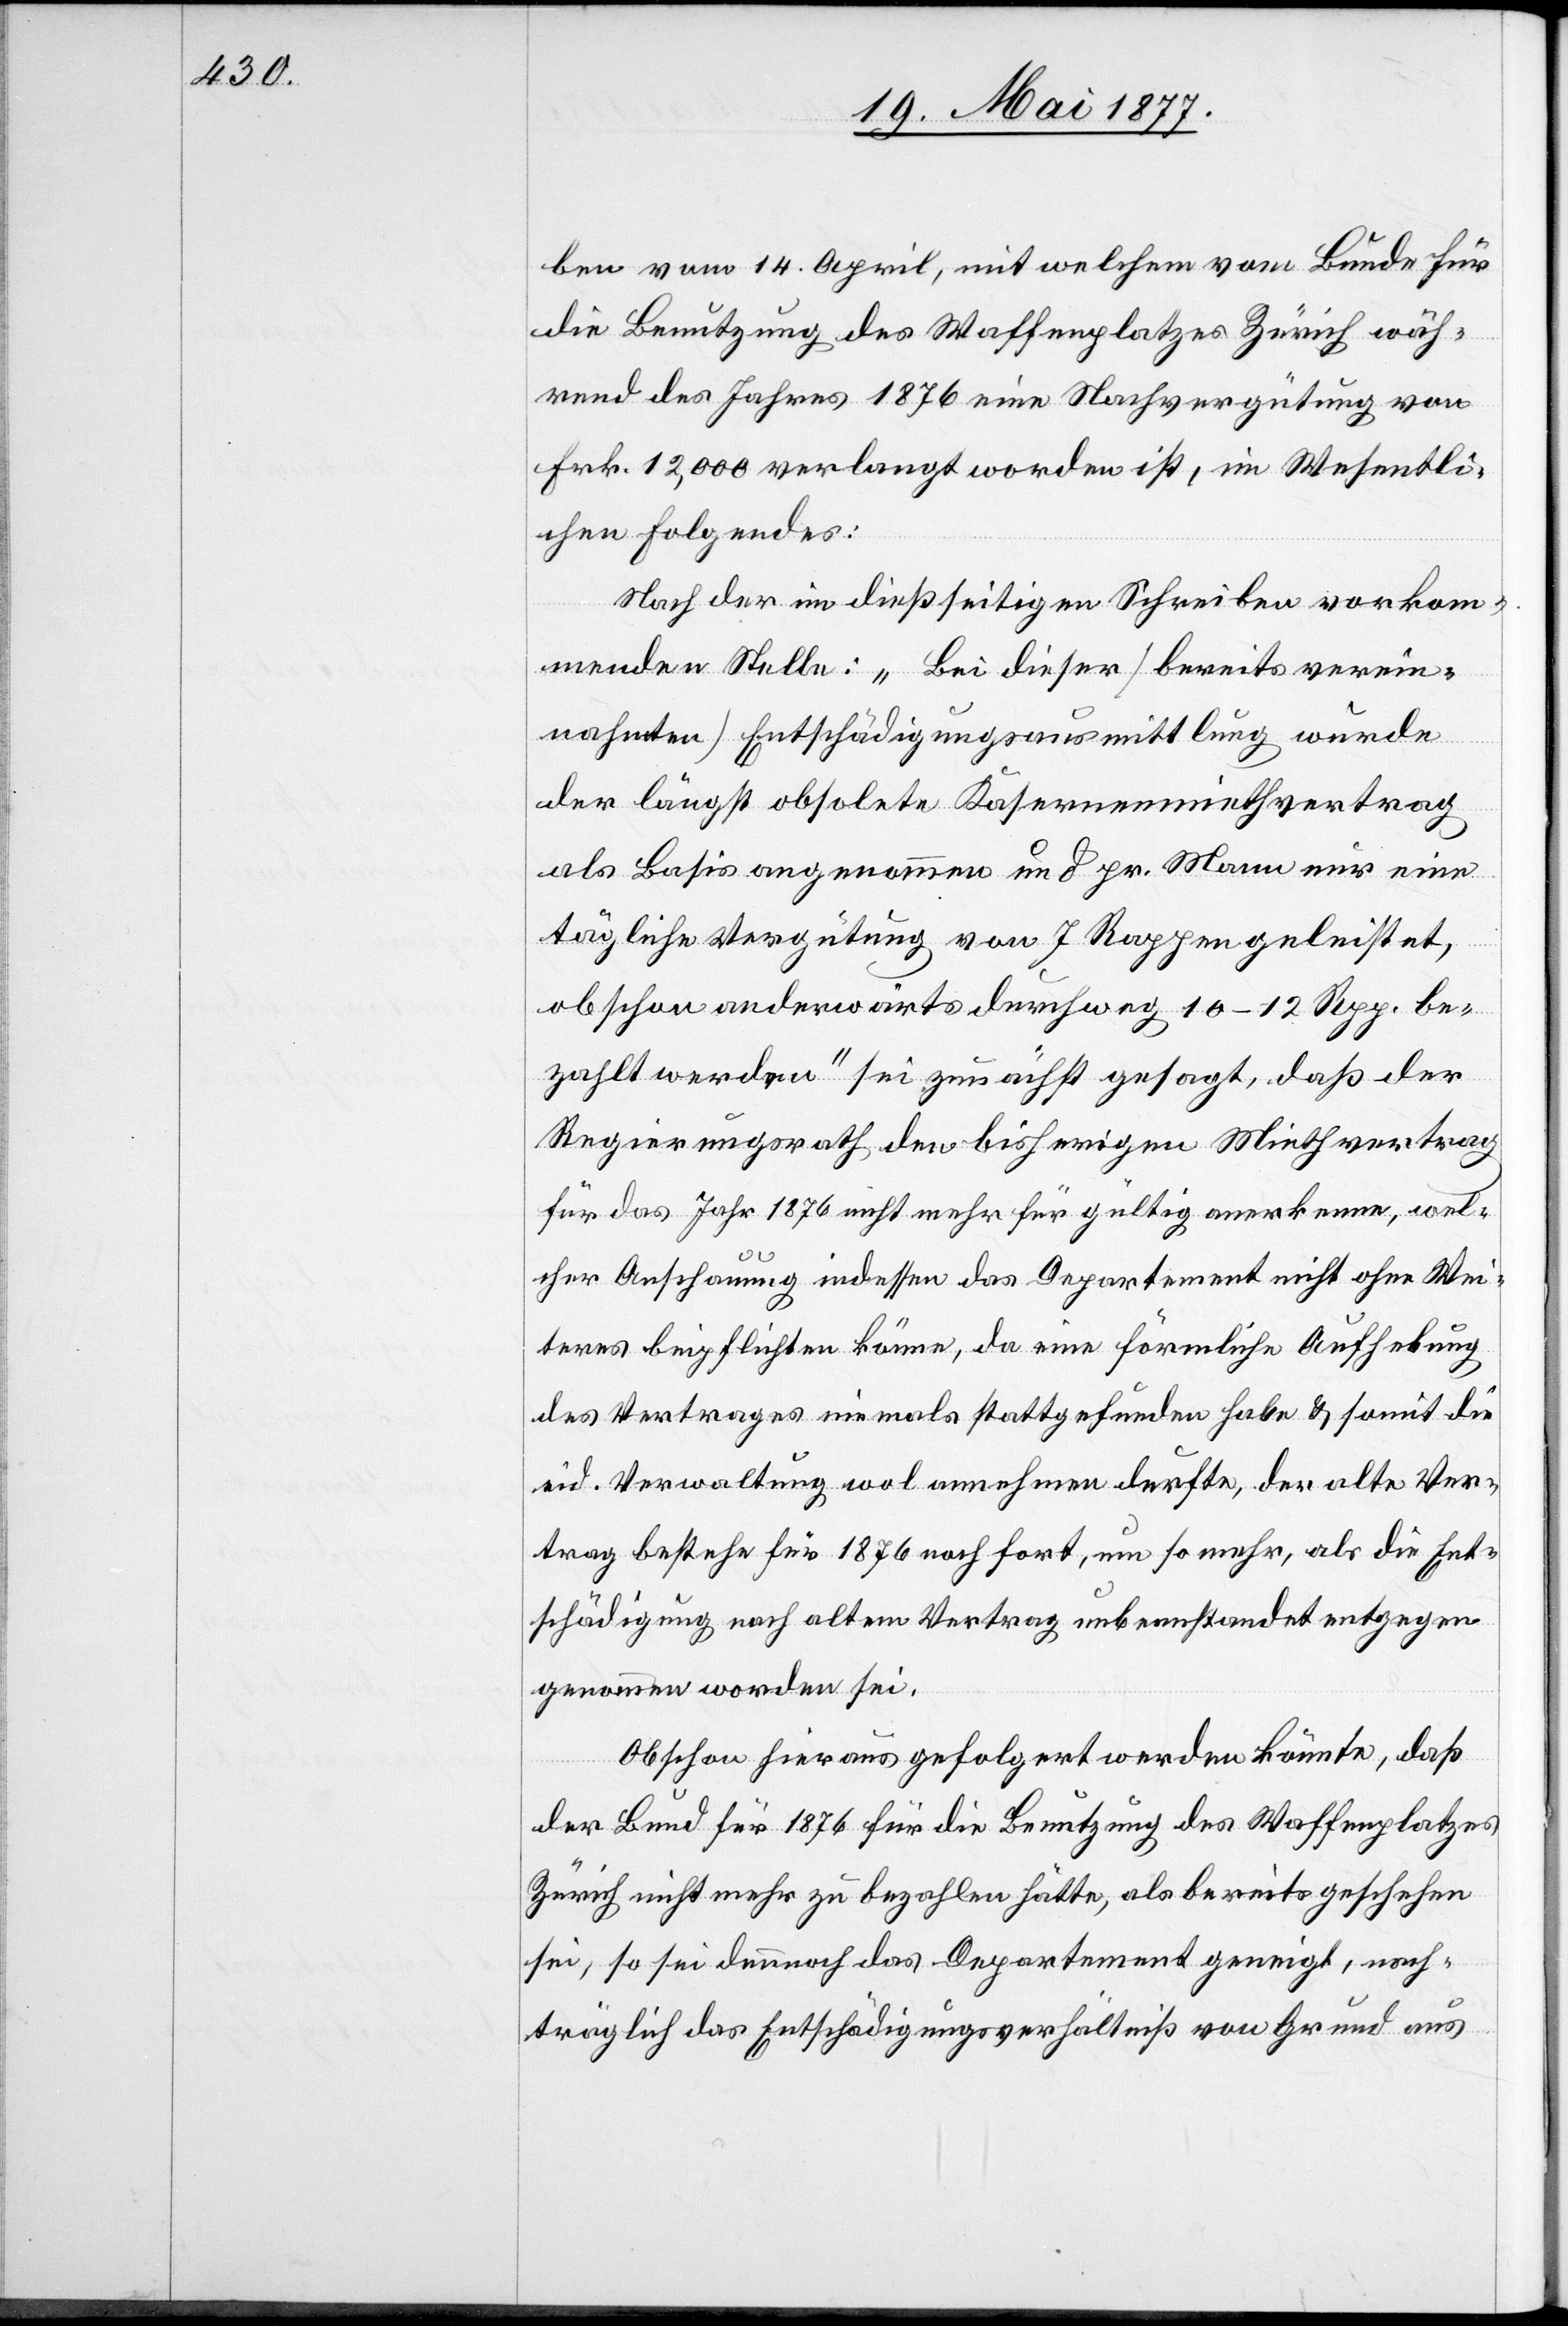
ben vom 14. April, mit welchem vom Bunde für
die Benutzung des Waffenplatzes in Zürich wäh¬
rend des Jahres 1876 eine Nachvergütung von
Frk. 12,000 verlangt worden ist, im Wesentli¬
chen Folgendes:
Nach der im dießseitigen Schreiben vorkom¬
menden Stelle: „Bei dieser [bereits verein¬
nahmten] Entschädigungsausmittlung wurde
der längst obsolete Kasernenmiethvertrag
als Basis angenommen und pr. Mann nur eine
tägliche Vergütung von 7 Rappen geleistet,
obschon anderwärts durchweg 10–12 Rpp. be¬
zahlt werden“ sei zunächst gesagt, daß der
Regierungsrath den bisherigen Miethvertrag
für das Jahr 1876 nicht mehr für gültig anerkenne, wel¬
cher Anschauung indessen das Departement nicht ohne Wei¬
teres beipflichten könne, da eine förmliche Aufhebung
des Vertrages niemals stattgefunden habe & somit die
eid. Verwaltung wol annehmen durfte, der alte Ver¬
trag bestehe für 1876 noch fort, um so mehr, als die Ent¬
schädigung nach altem Vertrag unbeanstandet entgegen
genommen worden sei.
Obschon hieraus gefolgert werden könnte, daß
der Bund für 1876 für die Benutzung des Waffenplatzes
Zürich nicht mehr zu bezahlen hätte, als bereits geschehen
sei, so sei dennoch das Departement geneigt, nach¬
träglich das Entschädigungsverhältniß von Grund aus